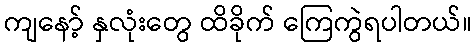
ကျနော့် နှလုံးတွေ ထိခိုက် ကြေကွဲရပါတယ်။